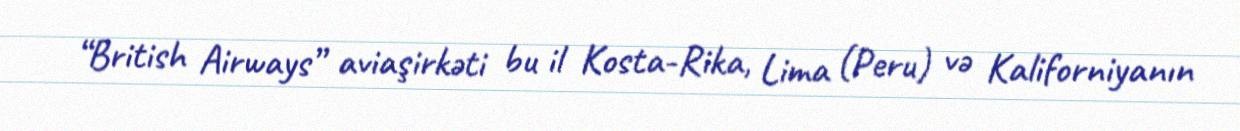
“British Airways” aviaşirkəti bu il Kosta-Rika, Lima (Peru) və Kaliforniyanın